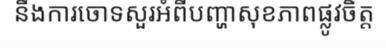
នឹងការចោទសួរអំពីបញ្ហាសុខភាពផ្លូវចិត្ត